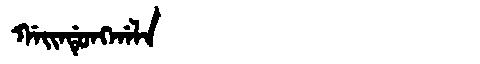
Manchu: ᡤᠠᡳᠨᡩᡠᠩᡤᠠᠯᠠ
Romanization: GAINDUNGGALA